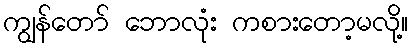
ကျွန်တော် ဘောလုံး ကစားတော့မလို့။